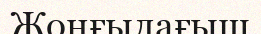
Жонғылағыш